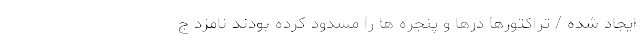
ایجاد شده / تراکتورها درها و پنجره ها را مسدود کرده بودند نامزد ج